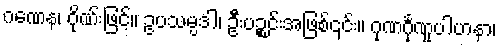
ဂဏေန၊ ဂိုဏ်းဖြင့်။ ဥပသမ္ပဒါ၊ ဦးပဉ္စင်းအဖြစ်၎င်း။ ဂုဏင်္ဂုဏူပါဟနာ၊